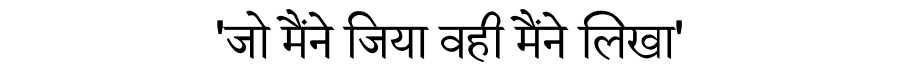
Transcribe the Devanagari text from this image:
'जो मैंने जिया वही मैंने लिखा'